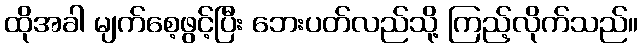
ထိုအခါ မျက်စေ့ဖွင့်ပြီး ဘေးပတ်လည်သို့ ကြည့်လိုက်သည်။